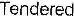
TENDERED